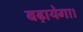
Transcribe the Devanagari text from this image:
बढ़ायेगा।